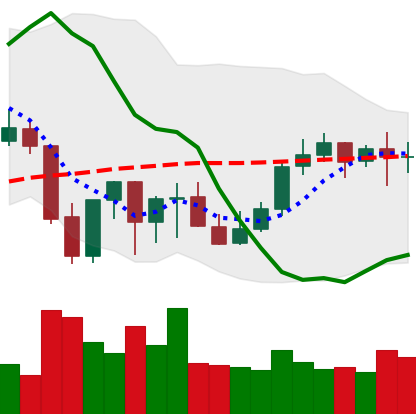
Ticker: LINK-USD
Chart end date: 2021-10-07
Forward return: -8.237%
Label: down_7plus